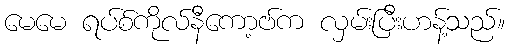
မေမေ ရပ်စ်ကိုလ်နီကော့ဗ်က လှမ်းပြီးဟန့်သည်။